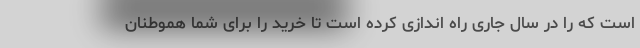
است که را در سال جاری راه اندازی کرده است تا خرید را برای شما هموطنان